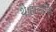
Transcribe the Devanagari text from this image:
थे।हालांकि